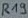
Text: R19